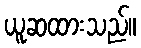
ယူဆထားသည်။